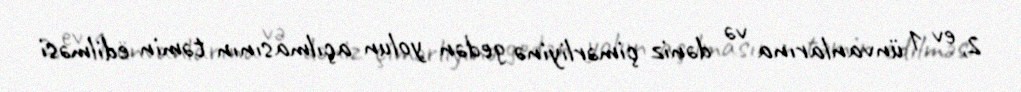
2, ev 1 ünvanlarına və dəniz çimərliyinə gedən yolun açılmasının təmin edilməsi